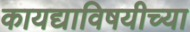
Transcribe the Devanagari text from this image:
कायद्याविषयीच्या